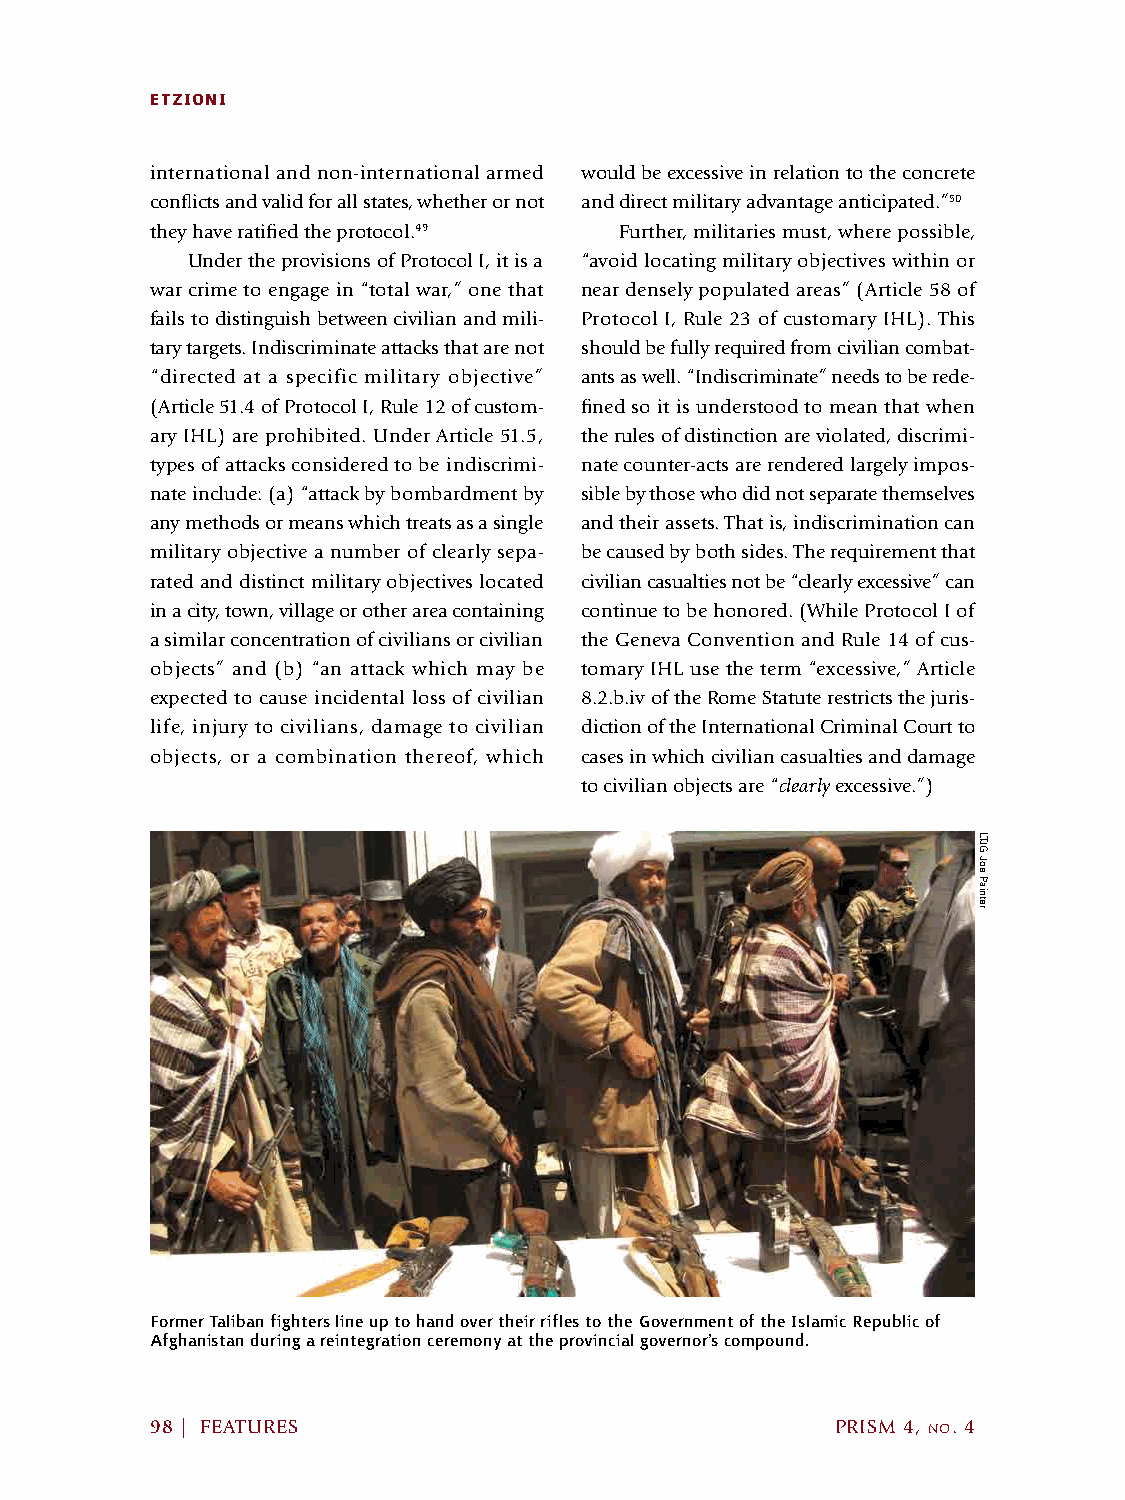
ETZIONI
 international and non-international armed would be excessive in relation to the concrete
 conflicts and valid for all states, whether or not and direct military advantage anticipated.”50
 they have ratified the protocol.49 Further, militaries must, where possible,
 Under the provisions of Protocol I, it is a “avoid locating military objectives within or
 war crime to engage in “total war,” one that near densely populated areas” (Article 58 of
 fails to distinguish between civilian and mili- Protocol I, Rule 23 of customary IHL). This
 tary targets. Indiscriminate attacks that are not should be fully required from civilian combat-
 “directed at a specific military objective” ants as well. “Indiscriminate” needs to be rede-
 (Article 51.4 of Protocol I, Rule 12 of custom- fined so it is understood to mean that when
 ary IHL) are prohibited. Under Article 51.5, the rules of distinction are violated, discrimi-
 types of attacks considered to be indiscrimi- nate counter-acts are rendered largely impos-
 nate include: (a) “attack by bombardment by sible by those who did not separate themselves
 any methods or means which treats as a single and their assets. That is, indiscrimination can
 military objective a number of clearly sepa- be caused by both sides. The requirement that
 rated and distinct military objectives located civilian casualties not be “clearly excessive” can
 in a city, town, village or other area containing continue to be honored. (While Protocol I of
 a similar concentration of civilians or civilian the Geneva Convention and Rule 14 of cus-
 objects” and (b) “an attack which may be tomary IHL use the term “excessive,” Article
 expected to cause incidental loss of civilian 8.2.b.iv of the Rome Statute restricts the juris-
 life, injury to civilians, damage to civilian diction of the International Criminal Court to
 objects, or a combination thereof, which cases in which civilian casualties and damage
 to civilian objects are “clearly excessive.”)
 Former Taliban fighters line up to hand over their rifles to the Government of the Islamic Republic of
 Afghanistan during a reintegration ceremony at the provincial governor’s compound.
 98 | FEATURES                                PRISM 4, no. 4
 LTJG
 Joe
 Painter